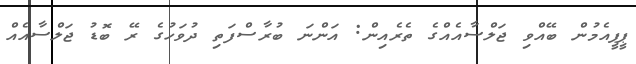
ޕީޕީއެމުން ބޭއްވި ޖަލްސާއެއްގެ ތެރެއިން: އަންނަ ބުރާސްފަތި ދުވަހުގެ ރޭ ބޮޑު ޖަލްސާއެއް